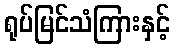
ရုပ်မြင်သံကြားနှင့်